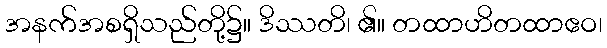
အနက်အစရှိသည်တို့၌။ ဒိဿတိ၊ ၏။ တထာဟိတထာဧဝ၊